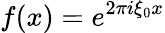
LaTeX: f(x)=e^{2\pi i\xi_{0}x}